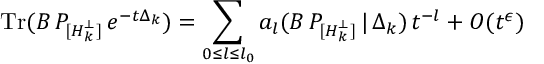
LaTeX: \mathrm { T r } ( B \, P _ { [ { \cal H \/ } _ { k } ^ { \perp } ] } \, e ^ { - t \Delta _ { k } } ) = \sum _ { 0 { \leq } l { \leq } l _ { 0 } } a _ { l } ( B \, P _ { [ { \cal H \/ } _ { k } ^ { \perp } ] } \, | \, \Delta _ { k } ) \, t ^ { - l } + O ( t ^ { \epsilon } )